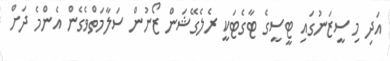
އަދި މި ސީޒަނުގައި ޓީސީގެ ޓާގެޓަކީ ރެލެގޭޝަން ޒޯނުން ސަލާމަތްވެގެން އެންމެ ދަށް